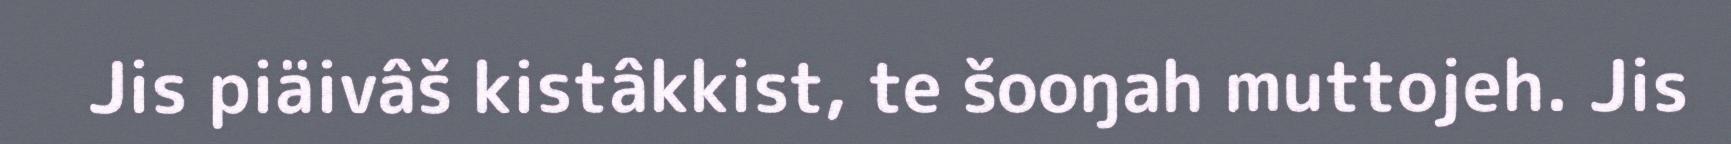
Jis piäivâš kistâkkist, te šooŋah muttojeh. Jis